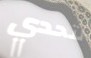
لتحدي